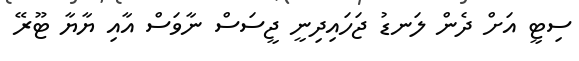
ސިޓީ އަށް ދެން ލަނޑު ޖަހައިދިނީ ޖީސަސް ނާވަސް އާއި ޔާޔާ ޓޫރޭ